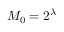
M _ { 0 } = 2 ^ { \lambda }